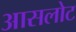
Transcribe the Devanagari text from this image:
आसलोट